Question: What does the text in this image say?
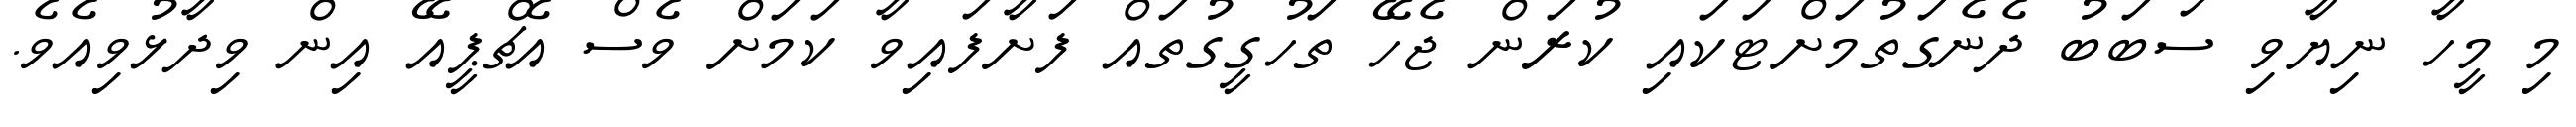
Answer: މި މީހާ ނިޔާވި ސަބަބު ދެނެގަތުމަށްޓަކައި ކުރަން ޖެހޭ ތަހުގީގުތައް ފަށާފައިވާ ކަމަށް ވެސް އެޗްޕީއޭ އިން ވިދާޅުވިއެވެ.